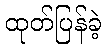
ထုတ်ပြန်ခဲ့